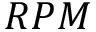
R P M